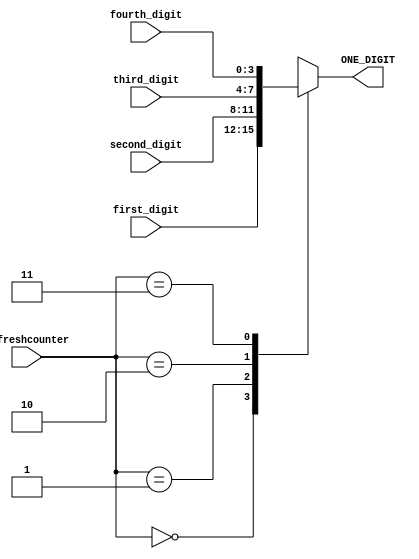
`timescale 1ns / 1ps
//////////////////////////////////////////////////////////////////////////////////
// Company: 
// Engineer: 
// 
// Design Name: 
// Module Name: BCD_Control
// Project Name: 
// Target Devices: 
// Tool Versions: 
// Description: 
// 
// Dependencies: 
// 
// Revision:
// Revision 0.01 - File Created
// Additional Comments:
// 
//////////////////////////////////////////////////////////////////////////////////



module BCD_Control(
input[3:0] first_digit,
input[3:0] second_digit,
input[3:0] third_digit,
input[3:0] fourth_digit,
input[1:0] refreshcounter,
output reg [3:0] ONE_DIGIT = 0
    );
    
    always@(refreshcounter)
        begin
        case(refreshcounter)
            2'd0:
                ONE_DIGIT = first_digit;
            2'd1:
                ONE_DIGIT = second_digit;
            2'd2:
                ONE_DIGIT = third_digit;
            2'd3:
                ONE_DIGIT = fourth_digit;
endcase
end
endmodule